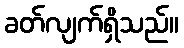
ခတ်လျက်ရှိသည်။